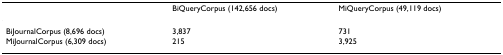
<table><thead><tr><td></td><td><b>BiQueryCorpus (142,656 docs)</b></td><td><b>MiQueryCorpus (49,119 docs)</b></td></tr></thead><tbody><tr><td>BiJournalCorpus (8,696 docs)</td><td>3,837</td><td>731</td></tr><tr><td>MiJournalCorpus (6,309 docs)</td><td>215</td><td>3,925</td></tr></tbody></table>